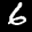
Label: 6